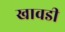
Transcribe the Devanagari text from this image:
खावडी